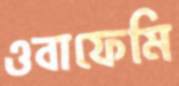
ওবাফেমি